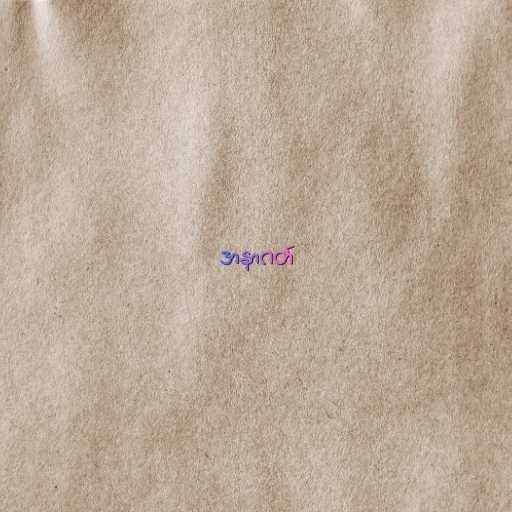
အနာဂတ်